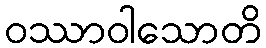
ဝဿာဝါသောတိ